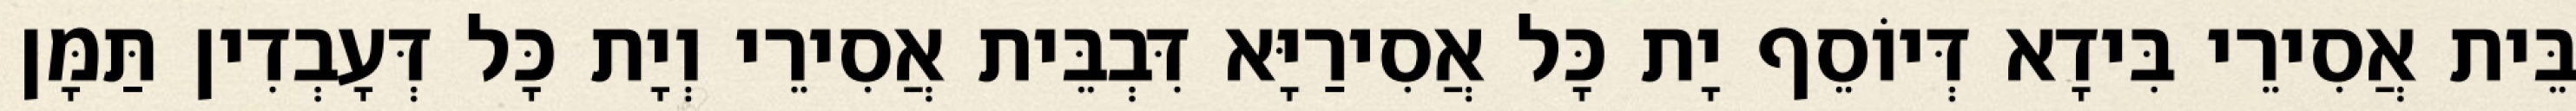
בֵּית אֲסִירֵי בִּידָא דְּיוֹסֵף יָת כָּל אֲסִירַיָּא דִּבְבֵּית אֲסִירֵי וְיָת כָּל דְּעָבְדִין תַּמָּן